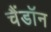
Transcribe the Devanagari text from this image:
चैंडॉन